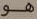
هو